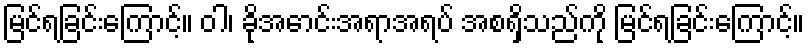
မြင်ရခြင်းကြောင့်။ ဝါ၊ ခိုအောင်းအရာအရပ် အစရှိသည်ကို မြင်ရခြင်းကြောင့်။